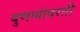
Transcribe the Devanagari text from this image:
बुणग्यांवरती